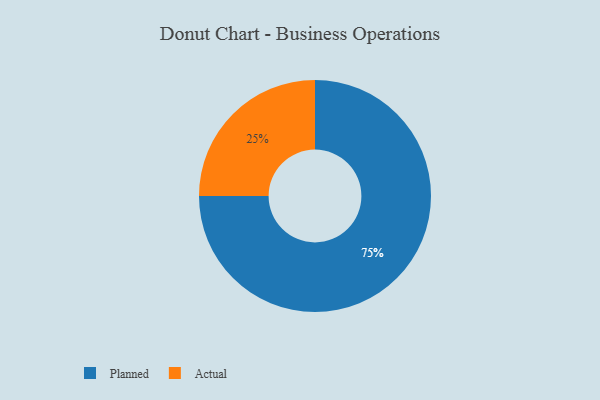
{"axis": {"x": "Category", "y": "Percentage"}, "legend": ["Actual", "Planned"], "data": [{"x": "Actual", "y": 25, "type": "Actual"}, {"x": "Planned", "y": 75, "type": "Planned"}]}